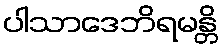
ပါသာဒေဘိရမန္တိ